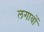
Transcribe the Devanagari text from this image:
लगावों